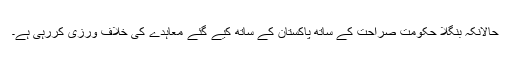
حالانکہ بنگلا حکومت صراحت کے ساتھ پاکستان کے ساتھ کیے گئے معاہدے کی خلاف ورزی کررہی ہے۔